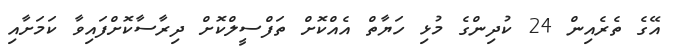
އޭގެ ތެރެއިން 24 ކުދިންގެ މުޅި ހަޔާތް އެއްކޮށް ތަފްސީލްކޮށް ދިރާސާކޮށްފައިވާ ކަމަށާއި